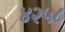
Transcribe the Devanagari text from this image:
४२५८